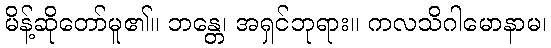
မိန့်ဆိုတော်မူ၏။ ဘန္တေ၊ အရှင်ဘုရား။ ကလသိဂါမောနာမ၊